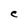
Character: e